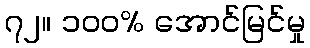
၇၂။ ၁၀၀% အောင်မြင်မှု